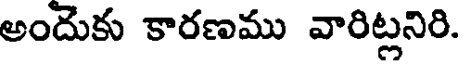
అందుకు కారణము వారిట్లనిరి.